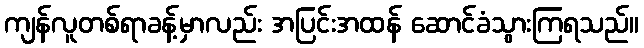
ကျန်လူတစ်ရာခန့်မှာလည်း အပြင်းအထန် ဆောင်ခံသွားကြရသည်။